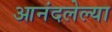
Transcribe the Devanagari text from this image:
आनंदलेल्या